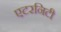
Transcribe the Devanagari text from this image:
एटरनिटी